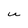
Character: u